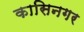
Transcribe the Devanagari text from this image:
कासिनगर